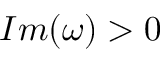
I m ( \omega ) > 0